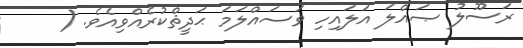
ރަސޫލު ޞައްލަ އަލައިހި ވަސައްލަމަ ޙަދީޘްކުރެއްވިއެވެ. (